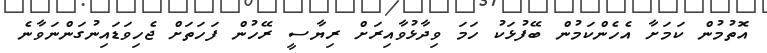
އޮތުމުން ކަމަށާ އެހެންކަމުން ބޭފުޅަކު ހަމަ ވިދާޅުވާއިރަށް ރިޔާސީ ރޭހުން ފަހަތަށް ޖެހިވަޑައިނުގަންނަވާނެ